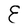
Character: E